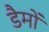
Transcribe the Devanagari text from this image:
डैमों